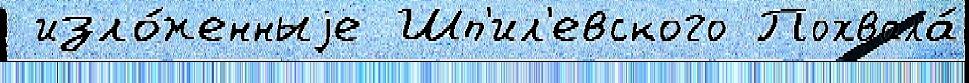
 изло́женныjе Шп'ил'евского Похвала́